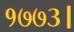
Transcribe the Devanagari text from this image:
१७७३।